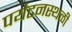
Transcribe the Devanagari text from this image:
पर्यटनस्‍थळी